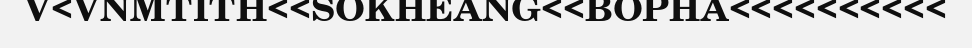
V<VNMTITH<<SOKHEANG<<BOPHA<<<<<<<<<<